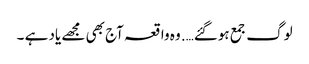
لوگ جمع ہوگئے…. وہ واقعہ آج بھی مجھے یاد ہے ۔